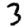
Digit: 3